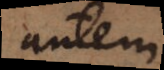
autem